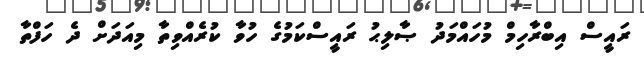
ރައީސް އިބްރާހިމް މުހައްމަދު ޞާލިޙު ރައީސްކަމުގެ ހުވާ ކުރެއްވިތާ މިއަދަށް ދެ ހަފްތާ